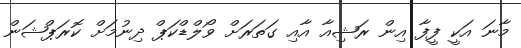
މާނަ އަކީ ފީފާ އިން ރަޝިއާ އާއި ގަތަރަށް ވޯލްޑްކަޕް ދިނުމަށް ކޮރަޕްޝަން